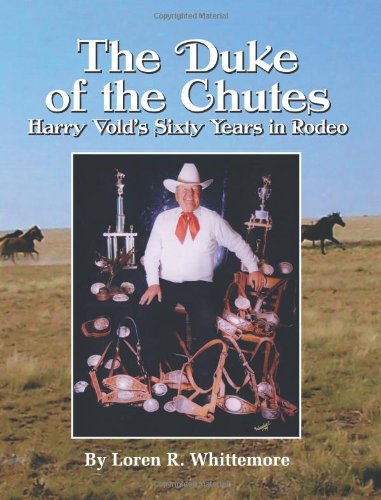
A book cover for The Duke of the Chutes: Harry Vold's Sixty Years in Rodeo; Loren R. Whittemore; Sports & Outdoors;